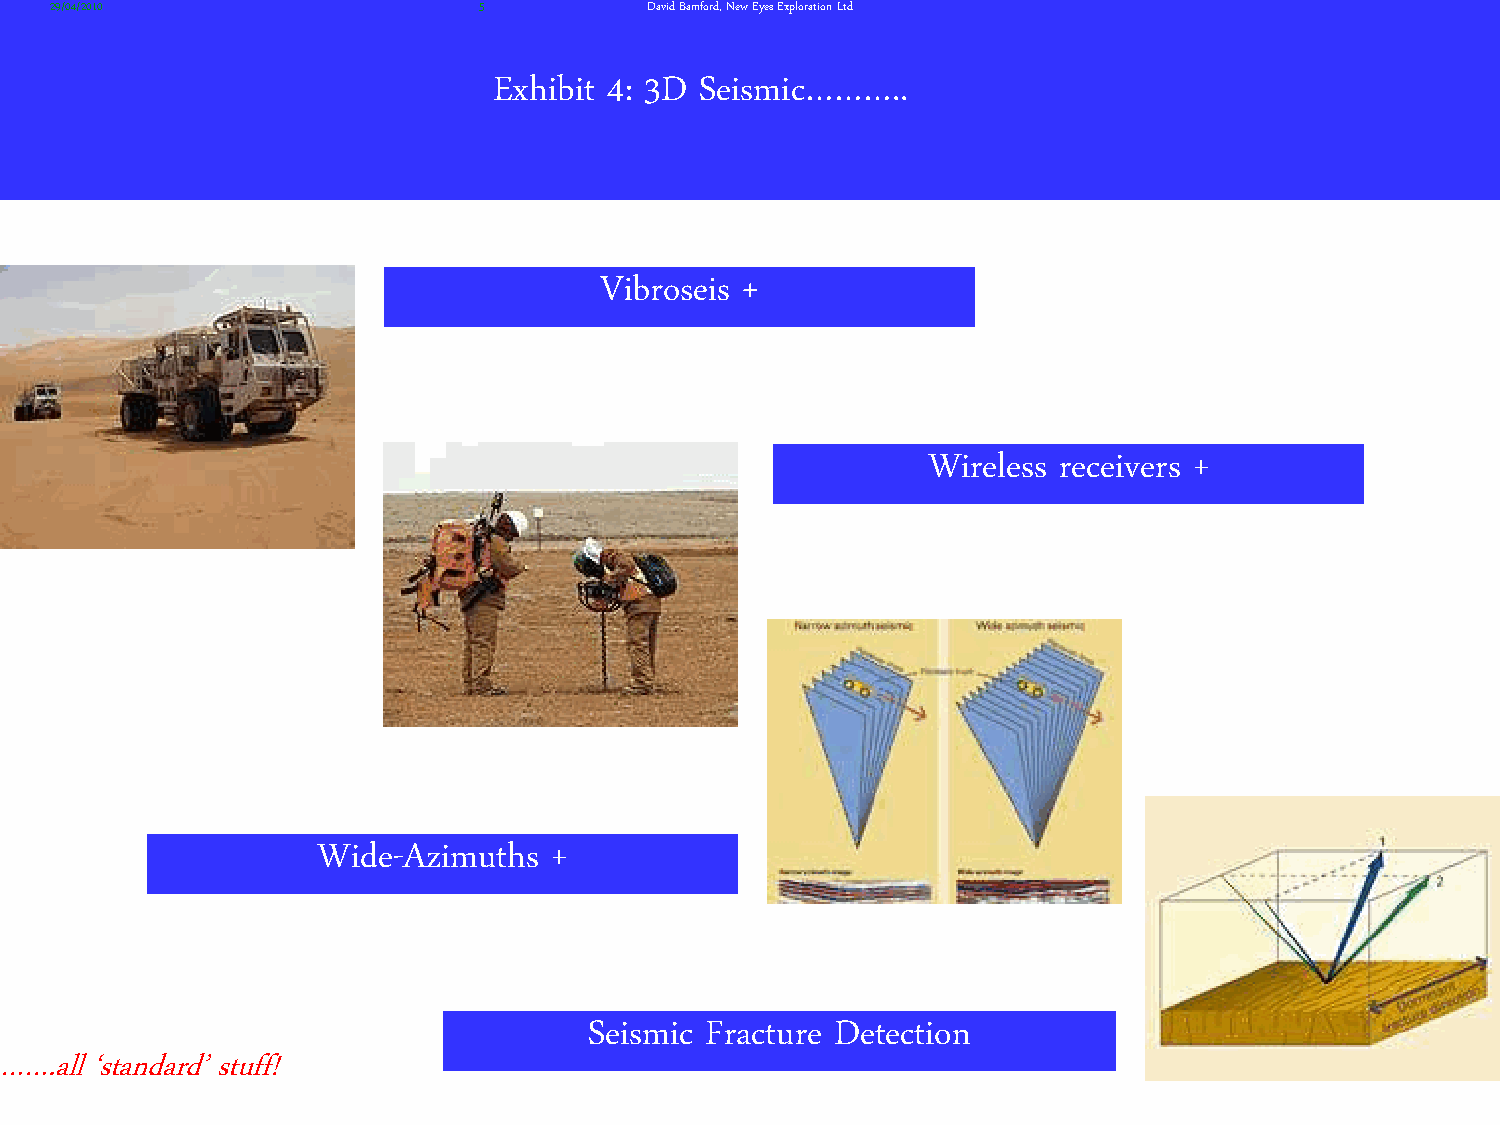
29/04/2010                   5          David Bamford, New Eyes Exploration Ltd
 Exhibit 4: 3D Seismic………..
 Vibroseis +
 Wireless receivers +
 Wide-Azimuths   +
 Seismic Fracture Detection
 …….all ‘standard’ stuff!